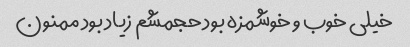
خیلی خوب و خوشمزه بود حجمشم زیاد بود ممنون